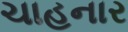
ચાહનાર